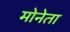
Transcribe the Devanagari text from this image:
मोनेता